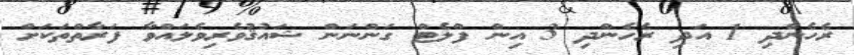
ރެހެންދި 1 އަދި ރެހެންދި 3 އިން ފްލެޓް ގަންނަން ޝައުޤުވެރިވެލައްވާ ފަރާތްތަކަށް